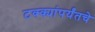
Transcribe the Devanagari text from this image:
टक्क्यांपर्यंतचे